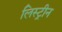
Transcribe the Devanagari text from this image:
लिस्ट्रीन